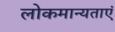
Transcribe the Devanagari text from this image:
लोकमान्यताएं